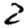
Digit: 2